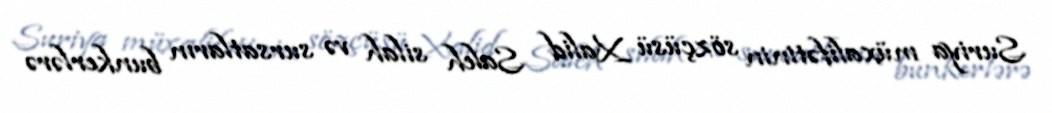
Suriya müxalifətinin sözçüsü Xalid Saleh silah və sursatların bunkerlərə